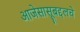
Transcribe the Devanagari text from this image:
आजेसासूबद्दलचे